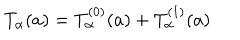
T _ { \alpha } ( a ) = T _ { \alpha } ^ { ( 0 ) } ( a ) + T _ { \alpha } ^ { ( 1 ) } ( a )